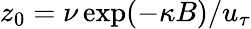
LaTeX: z_{0}=\nu\exp(-\kappa B)/u_{\tau}